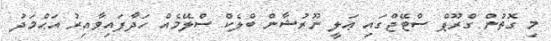
މި ގޮތުން ގްރޫޕް ސްޓޭޖްގައި ޢަލީ ނޫރުޝާން ބްލެކް ސްލޭމެއް ހަދާފައިވާއިރު އަޙްމަދު